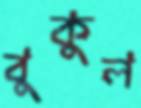
বুকুল